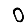
Digit: 0